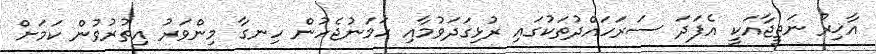
އާޚިރު ނަތީޖާއަކީ އެފަދަ ސަރަހައްދުތަކުގައި ރުޅިގަދަވުމާއި ހަމަނުޖެހުން ހިނގާ މިންވަރު އިތުރުވުން ކަމަށް